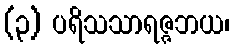
(၃) ပရိသသာရဇ္ဇဘယ၊